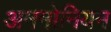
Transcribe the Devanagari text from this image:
अममोनियम